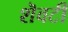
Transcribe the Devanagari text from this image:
शॆवटी